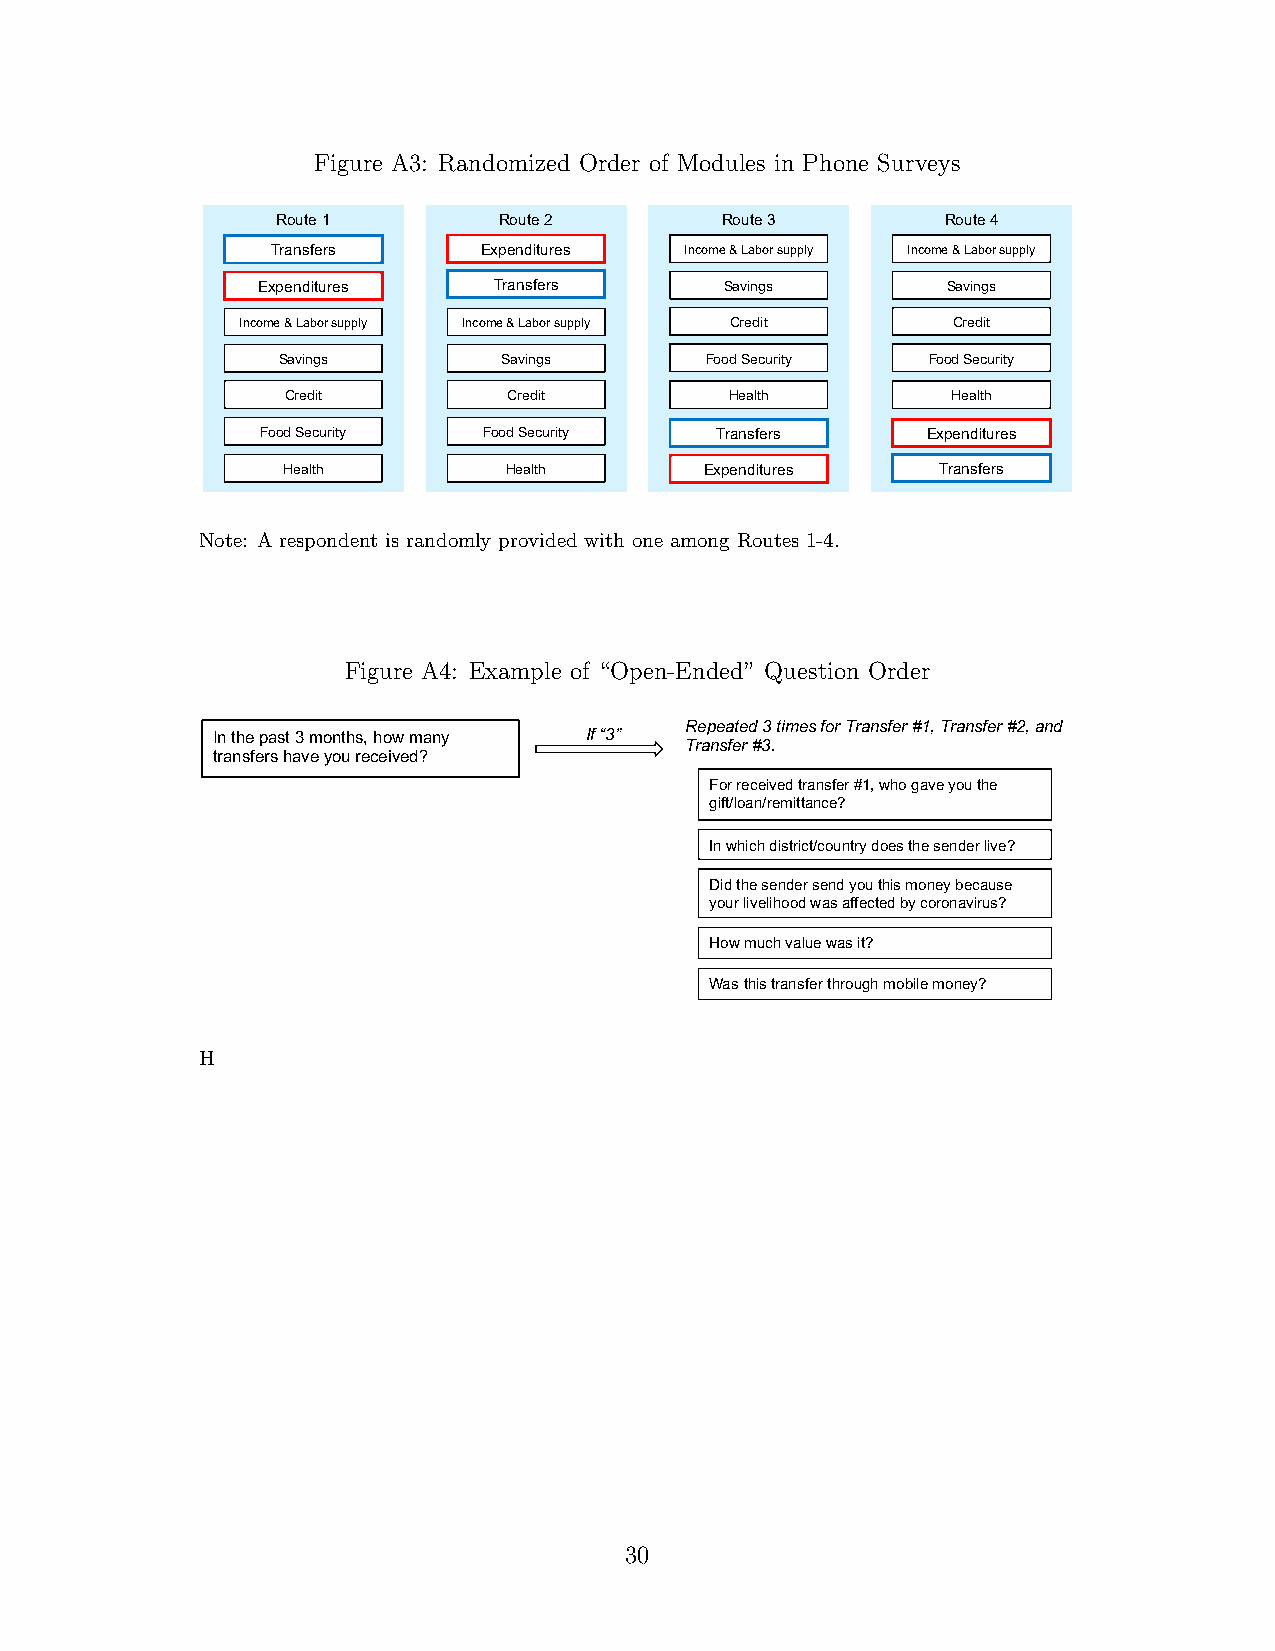
Figure A3: Randomized Order of Modules in Phone Surveys
 Route 1        Route 2        Route 3        Route 4
 Transfers     Expenditures Income & Labor supply Income & Labor supply
 Expenditures    Transfers      Savings        Savings
 Income & Labor supply Income & Labor supply Credit Credit
 Savings        Savings       Food Security Food Security
 Credit         Credit        Health         Health
 Food Security  Food Security  Transfers     Expenditures
 Health        Health        Expenditures   Transfers
 Note: A respondent is randomly provided with one among Routes 1-4.
 Figure A4: Example of “Open-Ended” Question Order
 Repeated 3 times for Transfer #1, Transfer #2, and
 In the past 3 months, how many If “3”
 Transfer #3.
 transfers have you received?
 For received transfer #1, who gave you the
 gift/loan/remittance?
 In which district/country does the sender live?
 Did the sender send you this money because
 your livelihood was affected by coronavirus?
 How much value was it?
 Was this transfer through mobile money?
 H
 30